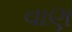
વાણ